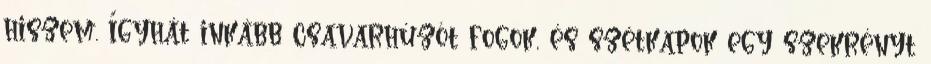
hiszem. Ígyhát inkább csavarhúzót fogok, és szétkapok egy szekrényt